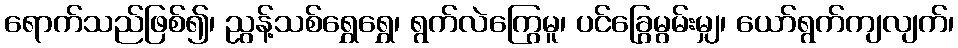
ရောက်သည်ဖြစ်၍၊ ညွန့်သစ်ရွှေရွှေ၊ ရွက်လဲကြွေမူ၊ ပင်ခြွေမွမ်းမျှ၊ ယော်ရွက်ကျလျက်၊